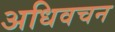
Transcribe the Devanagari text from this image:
अधिवचन